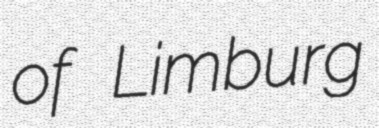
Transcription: of Limburg